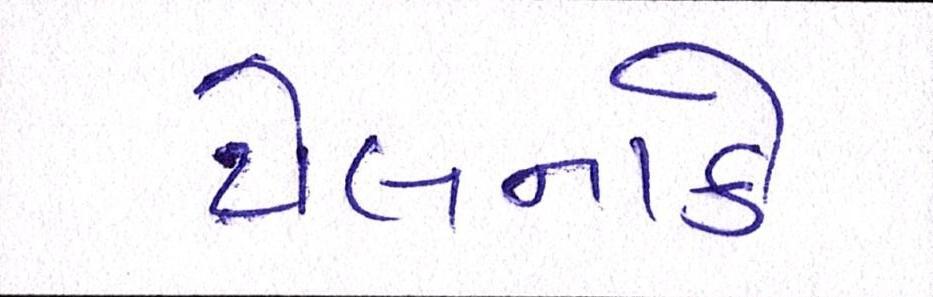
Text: ટોલનાકે